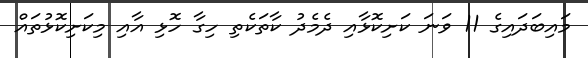
މައިބަދައިގެ 11 ވަނަ ކަށިކޮޅާއި ދެމެދު ކާތަކެތި ހިގާ ހޮޅި އާއި މިކަށިކޮޅުތައް